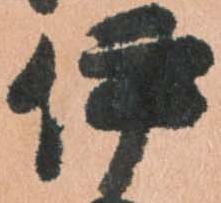
伊